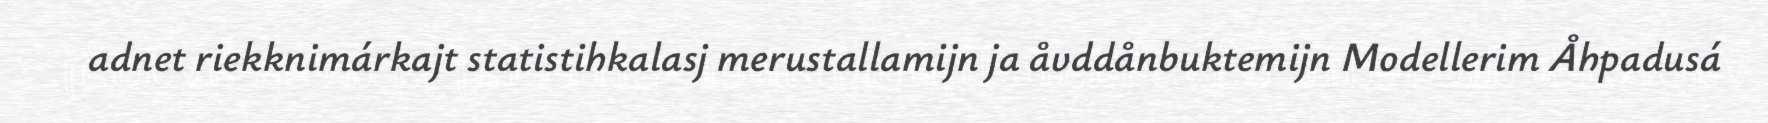
adnet riekknimárkajt statistihkalasj merustallamijn ja åvddånbuktemijn Modellerim Åhpadusá